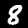
Digit: 8